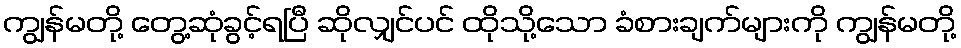
ကျွန်မတို့ တွေ့ဆုံခွင့်ရပြီ ဆိုလျှင်ပင် ထိုသို့သော ခံစားချက်များကို ကျွန်မတို့